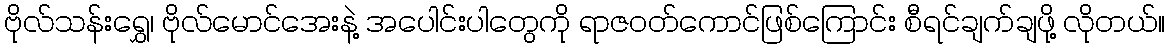
ဗိုလ်သန်းရွှေ၊ ဗိုလ်မောင်အေးနဲ့ အပေါင်းပါတွေကို ရာဇဝတ်ကောင်ဖြစ်ကြောင်း စီရင်ချက်ချဖို့ လိုတယ်။